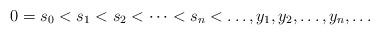
LaTeX: \begin{align*}0=s_0<s_1<s_2<\dots<s_n<\dots, y_1,y_2,\dots,y_n,\dots\end{align*}